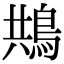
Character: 䳍